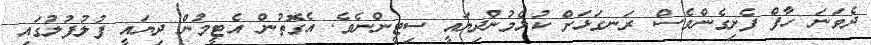
ދެވަނަ ހާފް ފެށިގެންވެސް ރަނގަޅަށް ކުޅެމުންދިޔައީ ސިޓީންނެވެ. އެގޮތުން އެޓީމުން ދިޔައީ ފުލުފުލުގައި